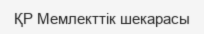
ҚР Мемлекттік шекарасы